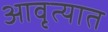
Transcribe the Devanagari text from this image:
आवृत्यात